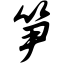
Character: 笋